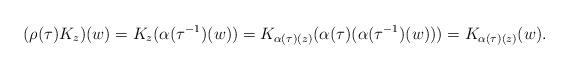
LaTeX: \begin{align*}(\rho(\tau) K_z)(w)=K_z(\alpha(\tau^{-1})(w))=K_{\alpha(\tau)(z)}(\alpha(\tau)(\alpha(\tau^{-1})(w)))=K_{\alpha(\tau)(z)}(w).\end{align*}